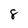
Character: 8